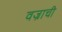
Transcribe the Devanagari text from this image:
वज्राची